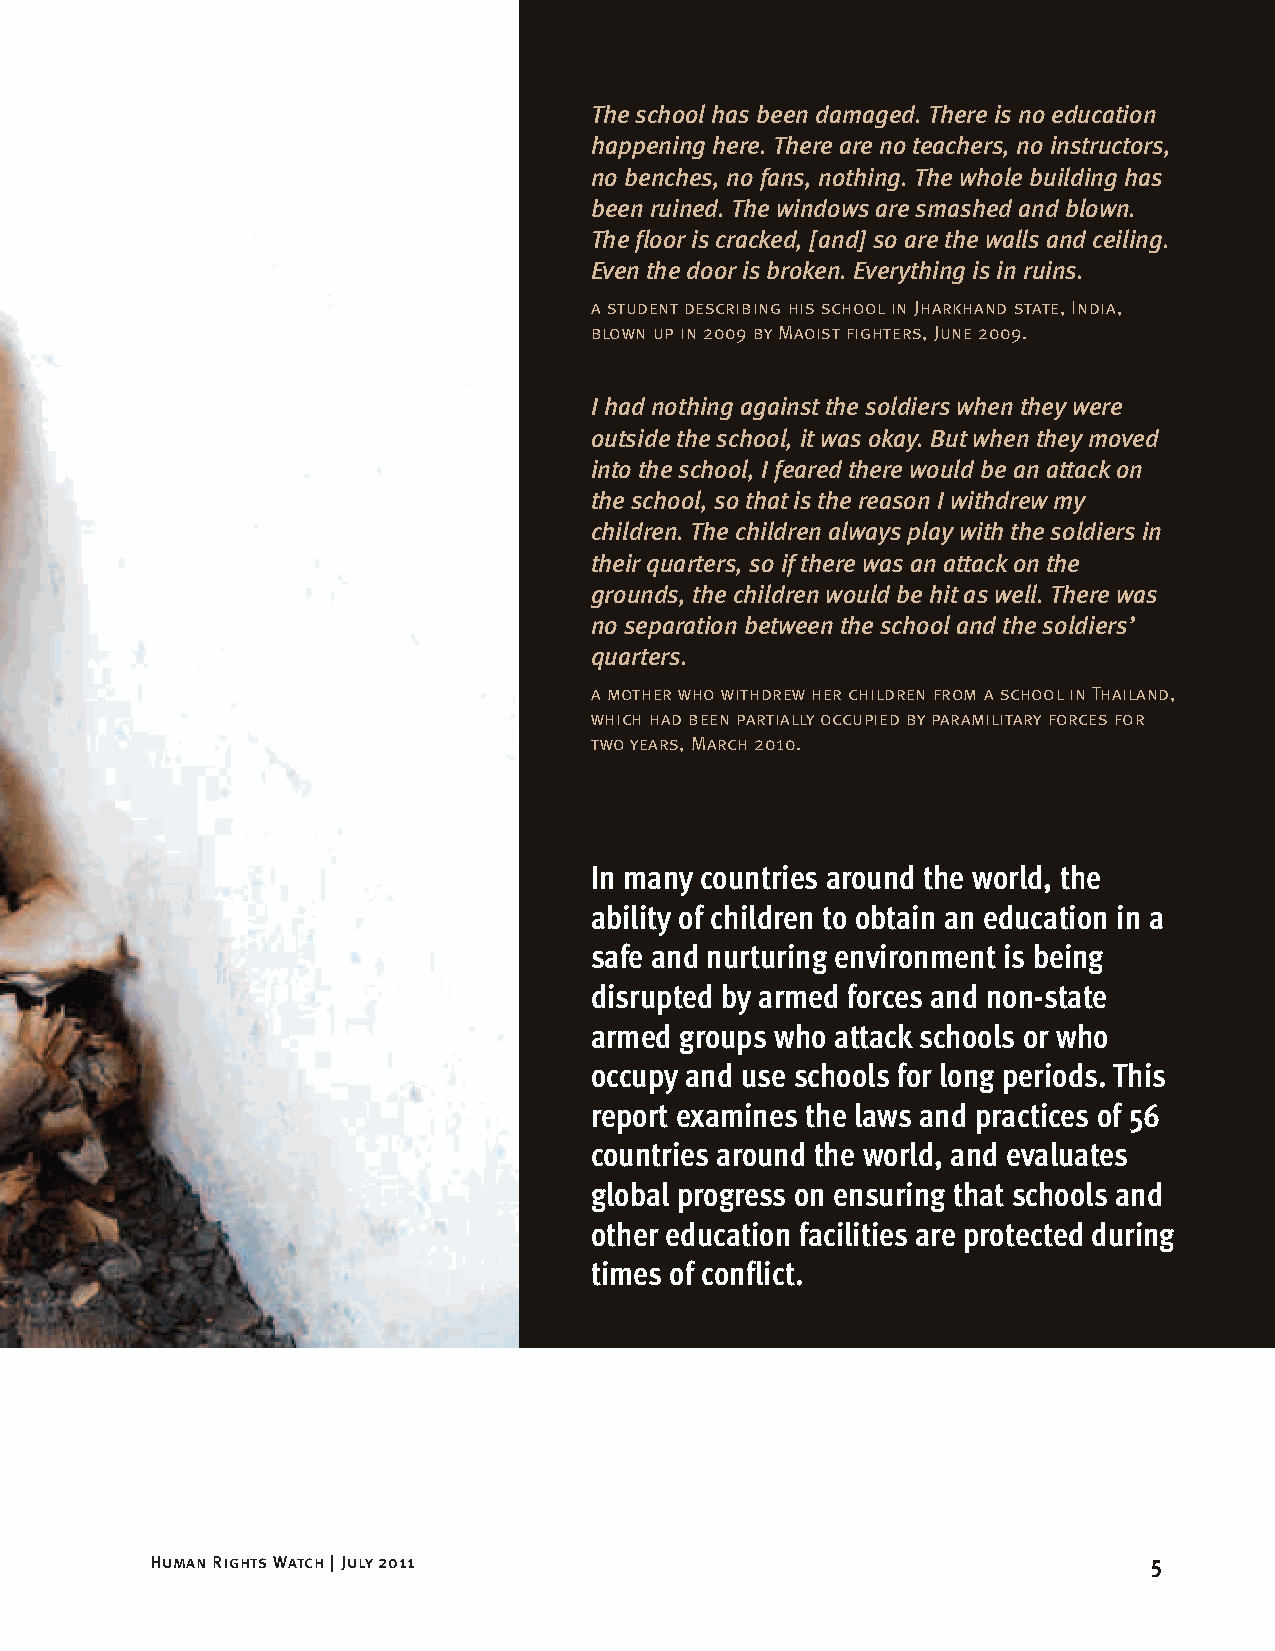
The school has been damaged. There is no education
 happening here. There are no teachers, no instructors,
 no benches, no fans, nothing. The whole building has
 been ruined. The windows are smashed and blown.
 The floor is cracked, [and] so are the walls and ceiling.
 Even the door is broken. Everything is in ruins.
 a student describing his school in Jharkhand state, India,
 blown up in 2009 by Maoist fighters, June 2009.
 I had nothing against the soldiers when they were
 outside the school, it was okay. But when they moved
 into the school, I feared there would be an attack on
 the school, so that is the reason I withdrew my
 children. The children always play with the soldiers in
 their quarters, so if there was an attack on the
 grounds, the children would be hit as well. There was
 no separation between the school and the soldiers’
 quarters.
 a mother who withdrew her children from a school in Thailand,
 which had been partially occupied by paramilitary forces for
 two years, March 2010.
 In many countries around the world, the
 ability of children to obtain an education in a
 safe and nurturing environment is being
 disrupted by armed forces and non-state
 armed groups who attack schools or who
 occupy and use schools for long periods. This
 report examines the laws and practices of 56
 countries around the world, and evaluates
 global progress on ensuring that schools and
 other education facilities are protected during
 times of conflict.
 Human Rights Watch | July 2011                                    5